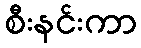
စီးနင်းကာ